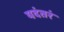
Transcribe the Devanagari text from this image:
यदंतरं